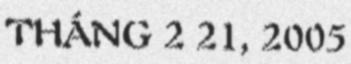
THÁNG 2 21, 2005